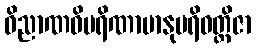
ဝိညာဏဝိပရိဏာမာနုပရိဝတ္တိဇာ